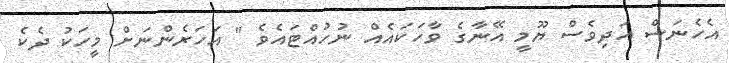
އެހެނަސް އަދިވެސް ޔޫމީ އޭނާގެ ވާހަކައެއް ނުހުއްޓައެވެ " އަހަރެންނަށް މީހަކު ދެކެ